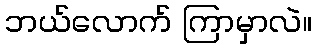
ဘယ်လောက် ကြာမှာလဲ။